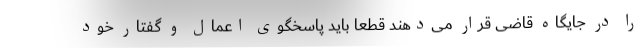
را در جایگاه قاضی قرار می‌دهند قطعا باید پاسخگوی اعمال و گفتار خود